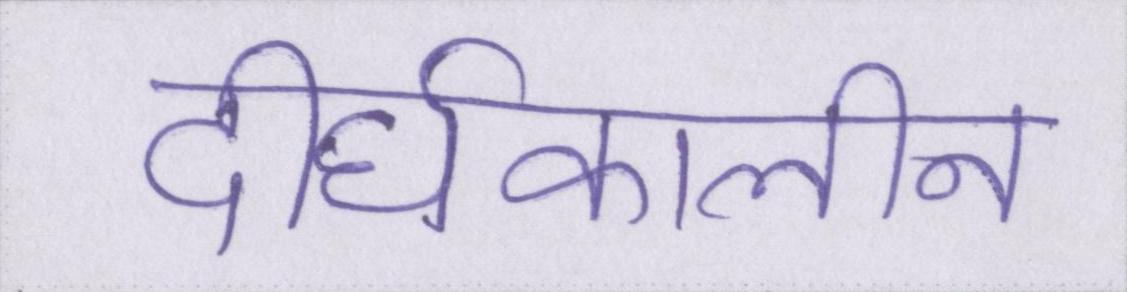
दीर्घकालीन